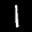
Label: 1